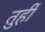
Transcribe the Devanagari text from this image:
तुर्ही